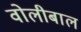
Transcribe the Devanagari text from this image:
वोलीबाल